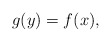
\begin{align*}g(y)=f(x),\end{align*}